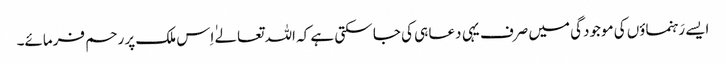
ایسے رَہنماؤں کی موجودگی میں صرف یہی دعا ہی کی جا سکتی ہے کہ اللہ تعالےٰ اِس ملک پر رحم فرمائے۔